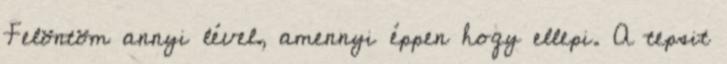
Felöntöm annyi lével, amennyi éppen hogy ellepi. A tepsit